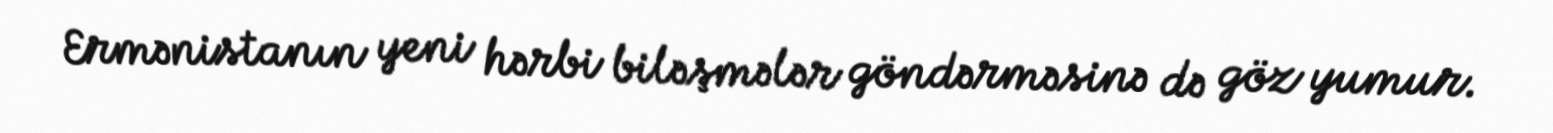
Ermənistanın yeni hərbi biləşmələr göndərməsinə də göz yumur.